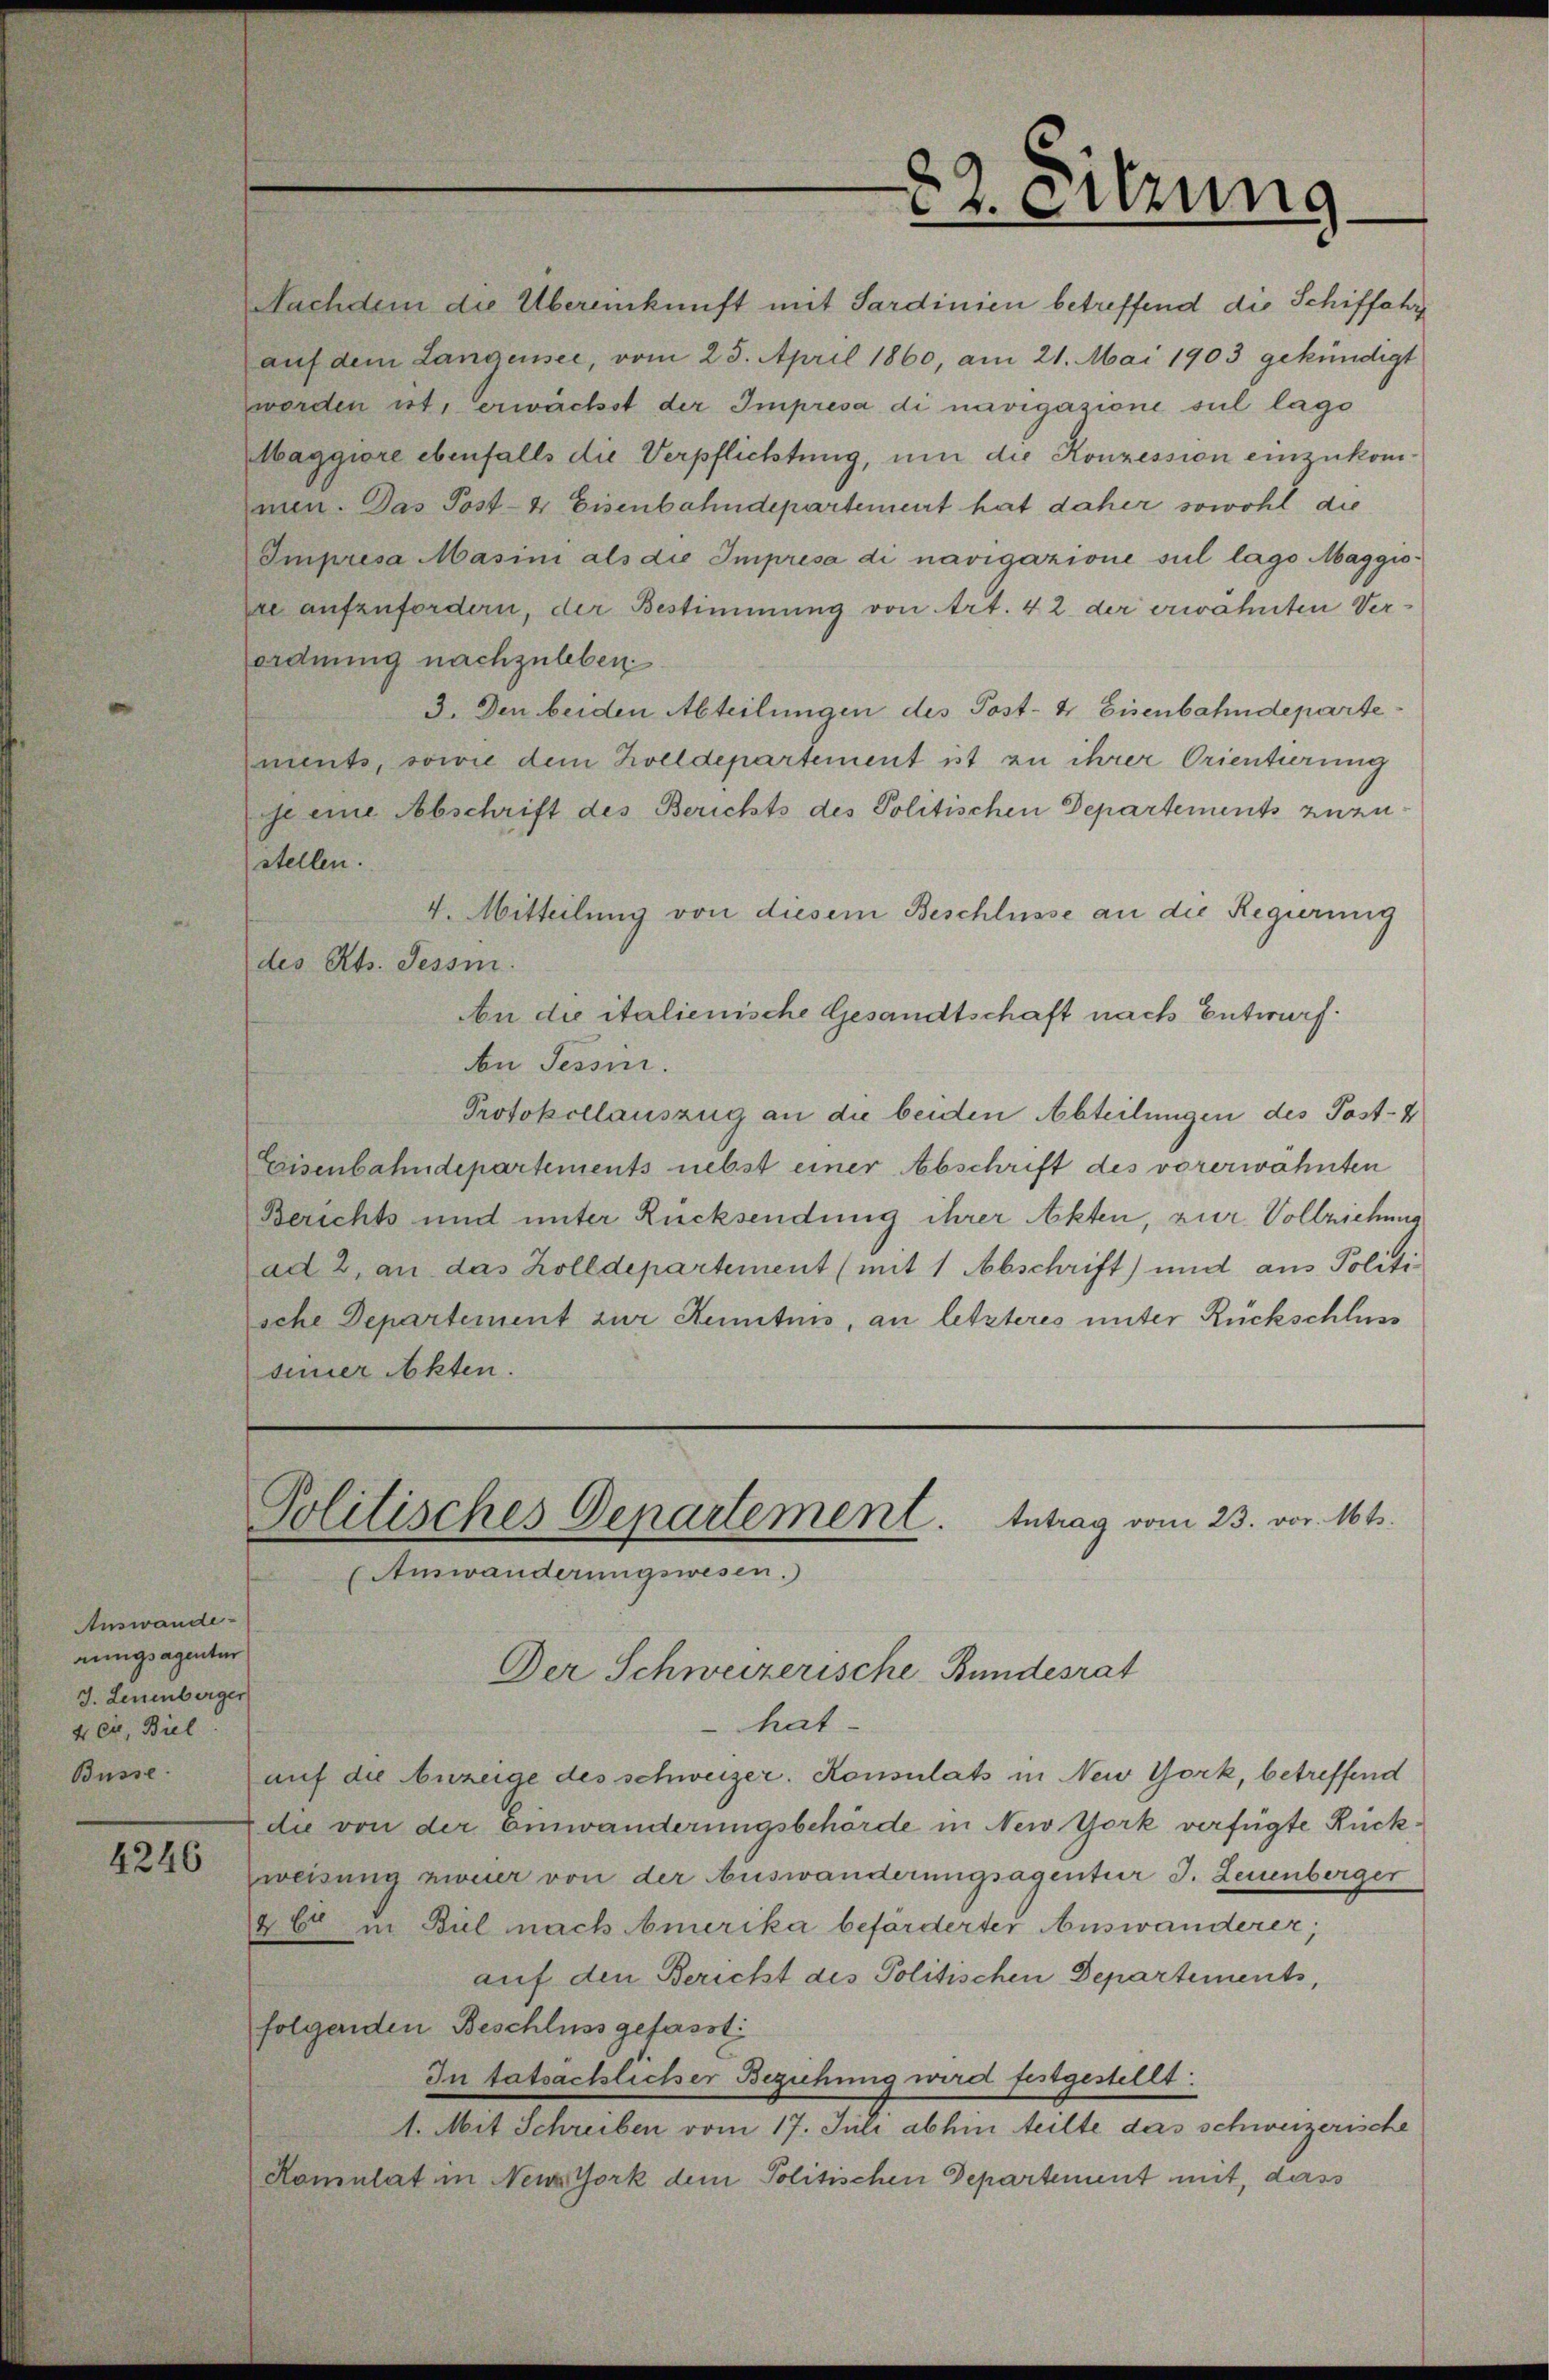
Auswande-
rungsagentur
J. Leuenberger
4 ex, Biel
Büsse.

4246

Nachdem die Übereinkunft mit Sardinien betreffend die Schiffahr
auf dem Langensee, vom 25. April 1860, am 21. Mai 1903 gekündigt
worden ist, erwächst der Impresa di navigazione sul lago
Maggiore ebenfalls die Verpflichtung, um die Konzession einzukommen. Das Post- & Eisenbahndepartement hat daher sowohl die
Impresa Masimi als die Impresa di navigazione sul lago Maggisre aufzufordern, der Bestimmung von Art. 42 der erwähnten Ver-
ordnung nachzuleben
3. Den beiden Abteilungen des Post- & Eisenbahndeparte
ments, sowie dem Holldepartement ist zu ihrer Orientierung
je eine Abschrift des Berichts des Politischen Departements zuzustellen.
4. Mitteilung von diesem Beschlüsse an die Regierung
des Kts. Tessin.
An die italienische Gesandtschaft nach Entwurf.
An Tessin.
Protokollauszug an die beiden Abteilungen des Post-
Eisenbahndepartements nebst einer Abschrift des vorerwähnten
Berichts und unter Rücksendung ihrer Akten, zur Vollziehung
ad 2, an das Zolldepartement (mit 1 Abschrift) und aus Politi
sche Departement zur Kenntnis, an letzteres unter Rückschluss
seiner Akten.

22. Sitzung

Politisches Departement. Antrag vom 23. vor. Mts.
Auswanderungswesen.)
Der Schweizerische-Bundesrat

hat
auf die Anzeige des schweizer. Konsulats in New York, betreffend
di von der Einwanderungsbehörde in New York verfügte Rückweisung zweier von der Auswanderungsagentur J. Leuenberger
26 in Biel nach Amerika beförderter Auswanderer,
auf den Bericht des Politischen Departements,
folgenden Beschluss gefasst:
In tatsächlicher Beziehung wird festgestellt:
1. Mit Schreiben vom 17. Juli abhin teilte das schweizerische
Hamulat in NenzYork dem Politischen Departement mit, dass